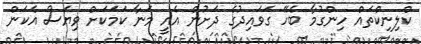
ކްލިނިކްތައް ހިންގުމާ ބެހޭ ގަވައިދުގެ ދަށުން އެއީ މަނާ ކަމަކަށް ވިޔަސް އެކަން